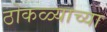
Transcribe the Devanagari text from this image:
ठोकळ्याच्या